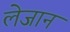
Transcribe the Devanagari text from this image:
लेजान